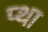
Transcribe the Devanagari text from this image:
प्था